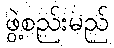
ဖွဲ့စည်းမည်